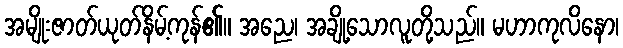
အမျိုးဇာတ်ယုတ်နိမ့်ကုန်၏။ အညေ၊ အချို့သောလူတို့သည်။ မဟာကုလိနော၊